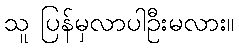
သူ ပြန်မှလာပါဦးမလား။